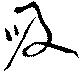
吸